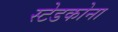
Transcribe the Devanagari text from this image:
स्टेडकोना